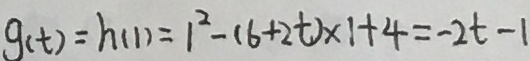
g ( t ) = h ( 1 ) = 1 ^ { 2 } - ( 6 + 2 t ) \times 1 + 4 = - 2 t - 1